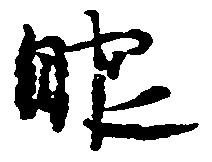
眼